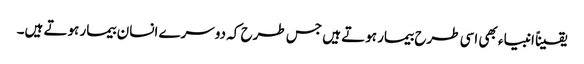
یقیناً انبیاء بھی اسی طرح بیمار ہوتے ہیں جس طرح کہ دوسرے انسان بیمار ہوتے ہیں۔